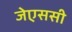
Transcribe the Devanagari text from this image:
जेएससी